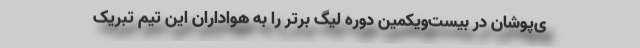
ی‌پوشان در بیست‌ویکمین دوره لیگ برتر را به هواداران این تیم تبریک